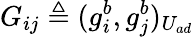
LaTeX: G_{ij}\triangleq(g_{i}^{b},g_{j}^{b})_{U_{ad}}